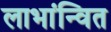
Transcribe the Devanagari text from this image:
लाभांन्वित